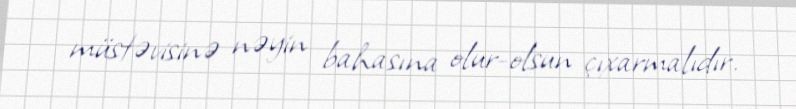
müstəvisinə nəyin bahasına olur-olsun çıxarmalıdır.